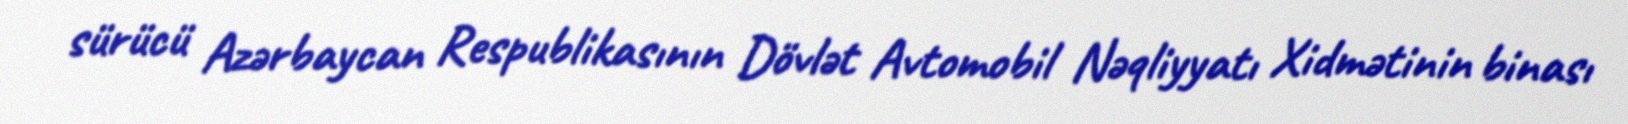
sürücü Azərbaycan Respublikasının Dövlət Avtomobil Nəqliyyatı Xidmətinin binası